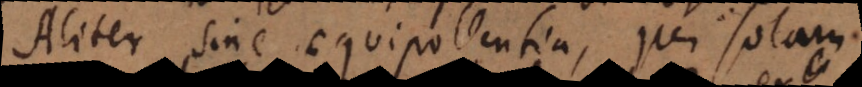
Aliter sine aequipollentia, per solam